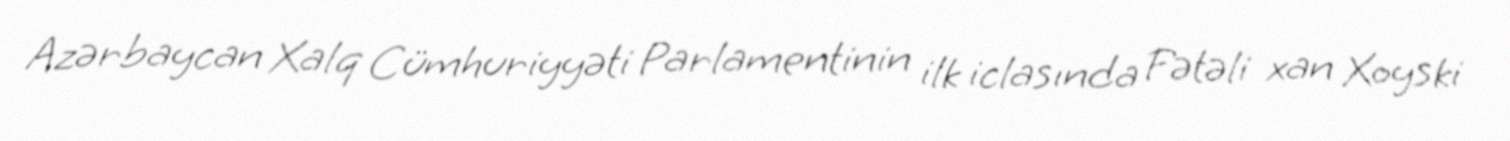
Azərbaycan Xalq Cümhuriyyəti Parlamentinin ilk iclasında Fətəli xan Xoyski